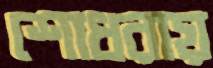
শোধরায়